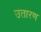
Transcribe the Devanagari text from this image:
उतारण